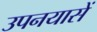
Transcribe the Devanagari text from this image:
उपनयासें